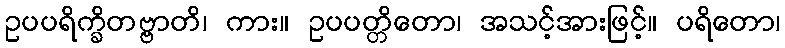
ဥပပရိက္ခိတဗ္ဗာတိ၊ ကား။ ဥပပတ္တိတော၊ အသင့်အားဖြင့်။ ပရိတော၊